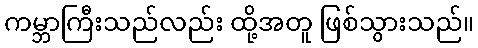
ကမ္ဘာကြီးသည်လည်း ထို့အတူ ဖြစ်သွားသည်။